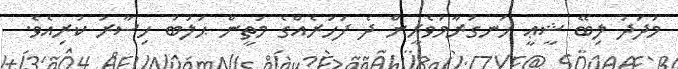
މަދަދު ލިބޭ ޝީޢީ ހަނގުރާމަވެރީން ދެ ފަހަރެއްގެ މަތީން ޙަލަބު ހިސާރު ކުރިއެވެ.